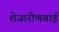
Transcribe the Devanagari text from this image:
शेजारीणबाई